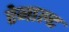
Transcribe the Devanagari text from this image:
रेनाल्ट